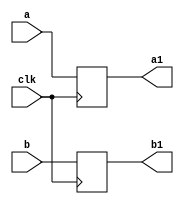
`timescale 1ns / 1ps
//////////////////////////////////////////////////////////////////////////////////
// Company: 
// Engineer: 
// 
// Design Name: 
// Module Name:    buf36 
// Project Name: 
// Target Devices: 
// Tool versions: 
// Description: 
//
// Dependencies: 
//
// Revision: 
// Revision 0.01 - File Created
// Additional Comments: 
//
//////////////////////////////////////////////////////////////////////////////////
module buf36(
    input [35:0] a,
    input [35:0] b,
    input clk,
    output reg [35:0] a1,
    output reg [35:0] b1
    );

always @(posedge clk) begin
a1<=a;
b1<=b;
end

endmodule